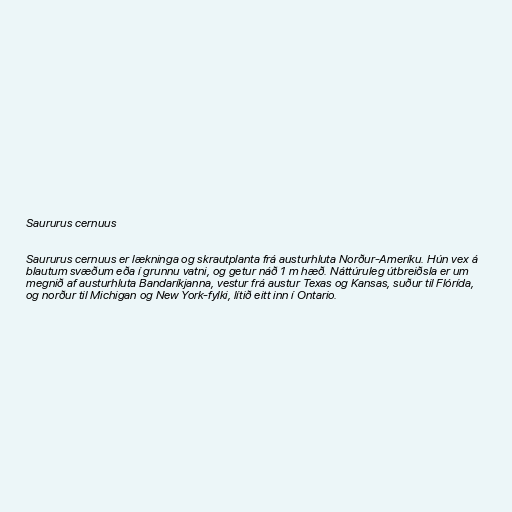
Saururus cernuus

Saururus cernuus er lækninga og skrautplanta frá austurhluta Norður-Ameríku. Hún vex á
blautum svæðum eða í grunnu vatni, og getur náð 1 m hæð. Náttúruleg útbreiðsla er um
megnið af austurhluta Bandaríkjanna, vestur frá austur Texas og Kansas, suður til Flórída,
og norður til Michigan og New York-fylki, lítið eitt inn í Ontario.